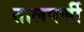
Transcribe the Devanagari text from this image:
तालपर्णी